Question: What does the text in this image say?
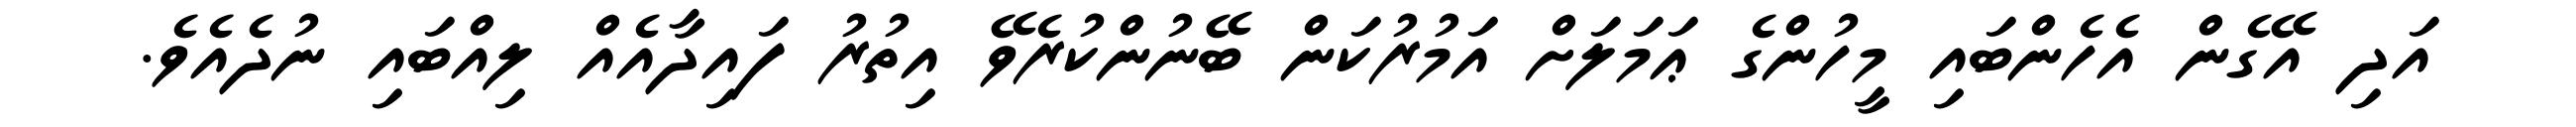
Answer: އަދި އޭގެން އެހެންބައި މީހުންގެ ޢަމަލަށް އަމުރުކަން ބޭނުންކުރެވޭ އިތުރު ފައިދާއެއް ލިއްބައި ނުދެއެވެ.